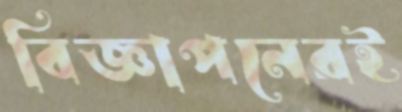
বিজ্ঞাপনেরই